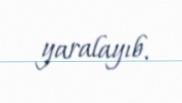
yaralayıb.